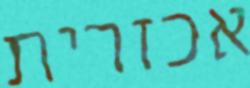
אכזרית